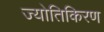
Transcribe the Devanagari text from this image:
ज्योतिकिरण